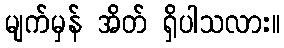
မျက်မှန် အိတ် ရှိပါသလား။